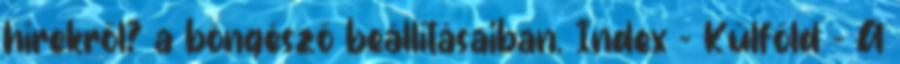
hírekről? a böngésző beállításaiban. Index - Külföld - A